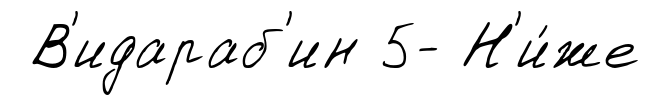
В'идараб'ин 5- Н'и́же